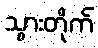
သွားတိုက်